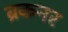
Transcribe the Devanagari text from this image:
ब्रकनर